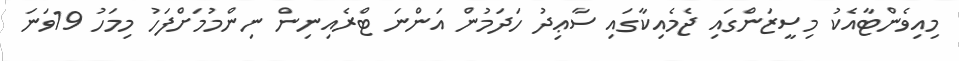
މިއިވެންޓާއެކު މިސީޒަންގައި ޖެމެއިކާގައި ސާޢިދު ހަދަމުން އަންނަ ޓްރެއިނިން ނިންމުމަށްފަހު މިމަހު 19ވަނަ